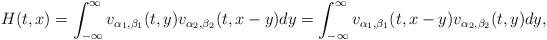
LaTeX: \begin{align*}H(t, x) = \int_{-\infty}^{\infty} v_{\alpha_{1}, \beta_{1}}(t, y) v_{\alpha_{2}, \beta_{2}}(t, x-y) dy = \int_{-\infty}^{\infty} v_{\alpha_{1}, \beta_{1}}(t, x-y) v_{\alpha_{2}, \beta_{2}}(t, y) dy,\end{align*}